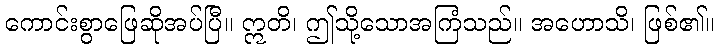
ကောင်းစွာဖြေဆိုအပ်ပြီ။ ဣတိ၊ ဤသို့သောအကြံသည်။ အဟောသိ၊ ဖြစ်၏။